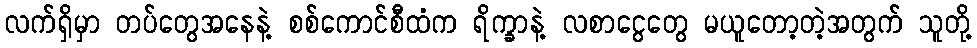
လက်ရှိမှာ တပ်တွေအနေနဲ့ စစ်ကောင်စီထံက ရိက္ခာနဲ့ လစာငွေတွေ မယူတော့တဲ့အတွက် သူတို့